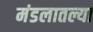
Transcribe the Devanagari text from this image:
मंडलातल्या